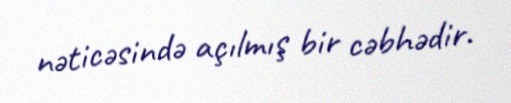
nəticəsində açılmış bir cəbhədir.